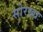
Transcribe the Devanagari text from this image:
सोरखा